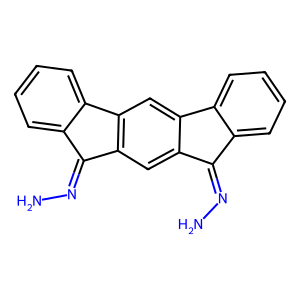
SMILES: NN=c1c2ccccc2c2cc3c(cc12)c(=NN)c1ccccc13
Inhibits HIV replication: No